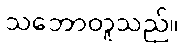
သဘောတူသည်။